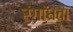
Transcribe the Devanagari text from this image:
रंगांधता